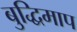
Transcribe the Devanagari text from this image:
बुद्धिमाप